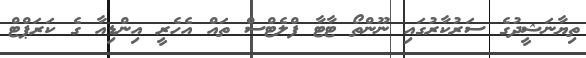
ތިޔާނަޝީދުގެ ސަރުކާރުގައި ނޫންތޯ ޓާޓާ ފްލެޓްސް ތައް އެހެރީ އިންޑިއާ ގެ ކަރަޕްޓް